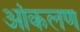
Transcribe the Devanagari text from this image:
आंकलण